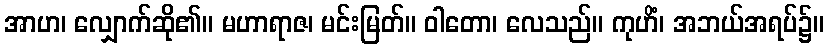
အာဟ၊ လျှောက်ဆို၏။ မဟာရာဇ၊ မင်းမြတ်။ ဝါတော၊ လေသည်။ ကုဟိံ၊ အဘယ်အရပ်၌။